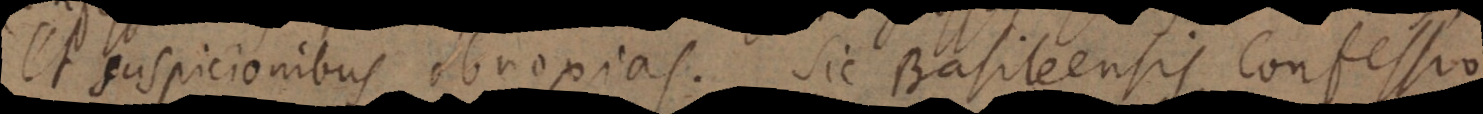
et suspicionibus obnoxias. Sic Basileensis Confessio